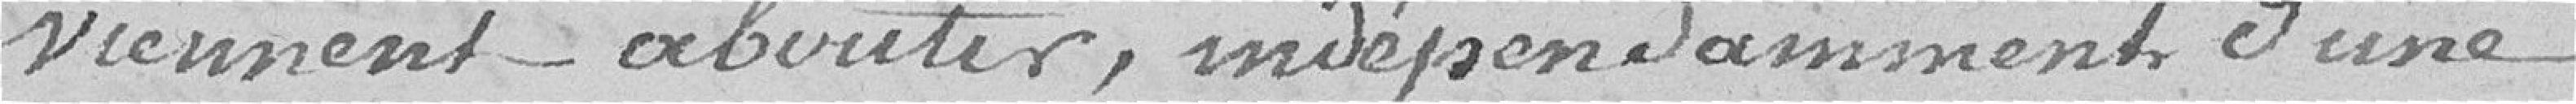
viennent aboutir, indépendamment d'une